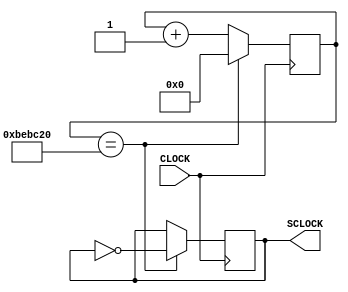
`timescale 1ns / 1ps
//////////////////////////////////////////////////////////////////////////////////
// Company: 
// Engineer: 
// 
// Design Name: 
// Module Name: clk4hz
// Project Name: 
// Target Devices: 
// Tool Versions: 
// Description: 
// 
// Dependencies: 
// 
// Revision:
// Revision 0.01 - File Created
// Additional Comments:
// 
//////////////////////////////////////////////////////////////////////////////////


module clk4hz(input CLOCK, output reg SCLOCK = 0);  
    
    reg  [23:0] COUNT = 24'b0;
    //reg COUNT = 0;
    always @ (posedge CLOCK) begin  
        COUNT <= (COUNT == 24'b101111101011110000100000) ? 0 : COUNT + 1;    
        SCLOCK <= (COUNT == 24'b101111101011110000100000) ? ~SCLOCK : SCLOCK;
    end 


endmodule